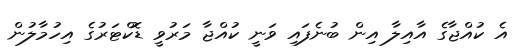
އެ ކުއްޖާގެ އާއިލާ އިން ބުނެފައި ވަނީ ކުއްޖާ މަރުވީ ޑޮކްޓަރުގެ އިހުމާލުން